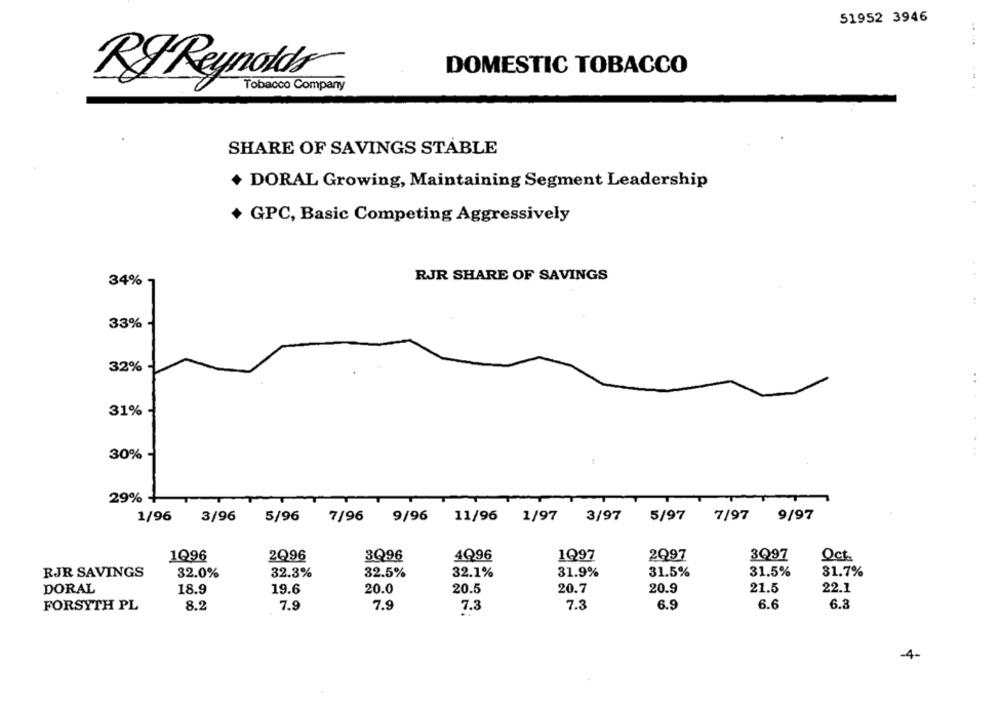
51952 3946
DOMESTIC TOBACCO
RI Reynolds
Tobacco Company
48 4
SHARE OF SAVINGS STABLE
+ DORAL Growing, Maintaining Segment Leadership
+ GPC, Basic Competing Aggressively
RJR SHARE OF SAVINGS
34% -
33%
32%
31%
30% -
.......
29%
1/96
3/96
5/96
7/96
9/96
11/96
1/97
3/97
5/97
7/97
9/97
4096
1Q97
2Q97
3Q97
Oct.
1Q96
2Q96
3Q96
RJR SAVINGS
32.0%
32.3%
32.5%
32.1%
31.9%
31.5%
31.5%
31.7%
DORAL
18.9
19.6
20.0
20.5
20.7
20.9
21.5
22.1
6.3
FORSYTH PL
8.2
7.9
7.9
7.3
7.3
6.9
6.6
-4-